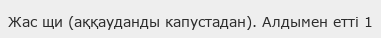
Жас щи (аққауданды капустадан). Алдымен етті 1